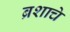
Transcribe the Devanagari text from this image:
ब्रशाचे